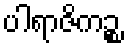
ပါရာဇိကဉ္စ